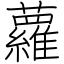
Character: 蘿